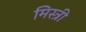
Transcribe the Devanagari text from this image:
मिस्‍त्री